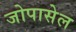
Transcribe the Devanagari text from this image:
जोपासेल